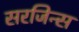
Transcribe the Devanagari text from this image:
सरजिन्स